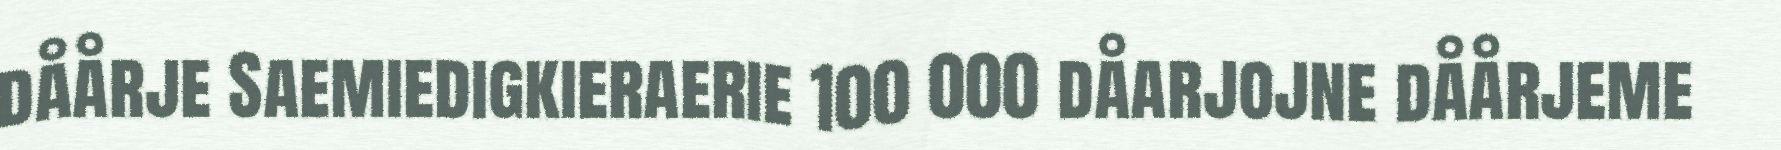
dåårje Saemiedigkieraerie 100 000 dåarjojne dåårjeme